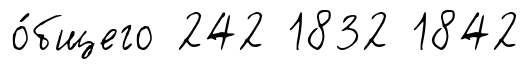
о́бщего 242 1832 1842